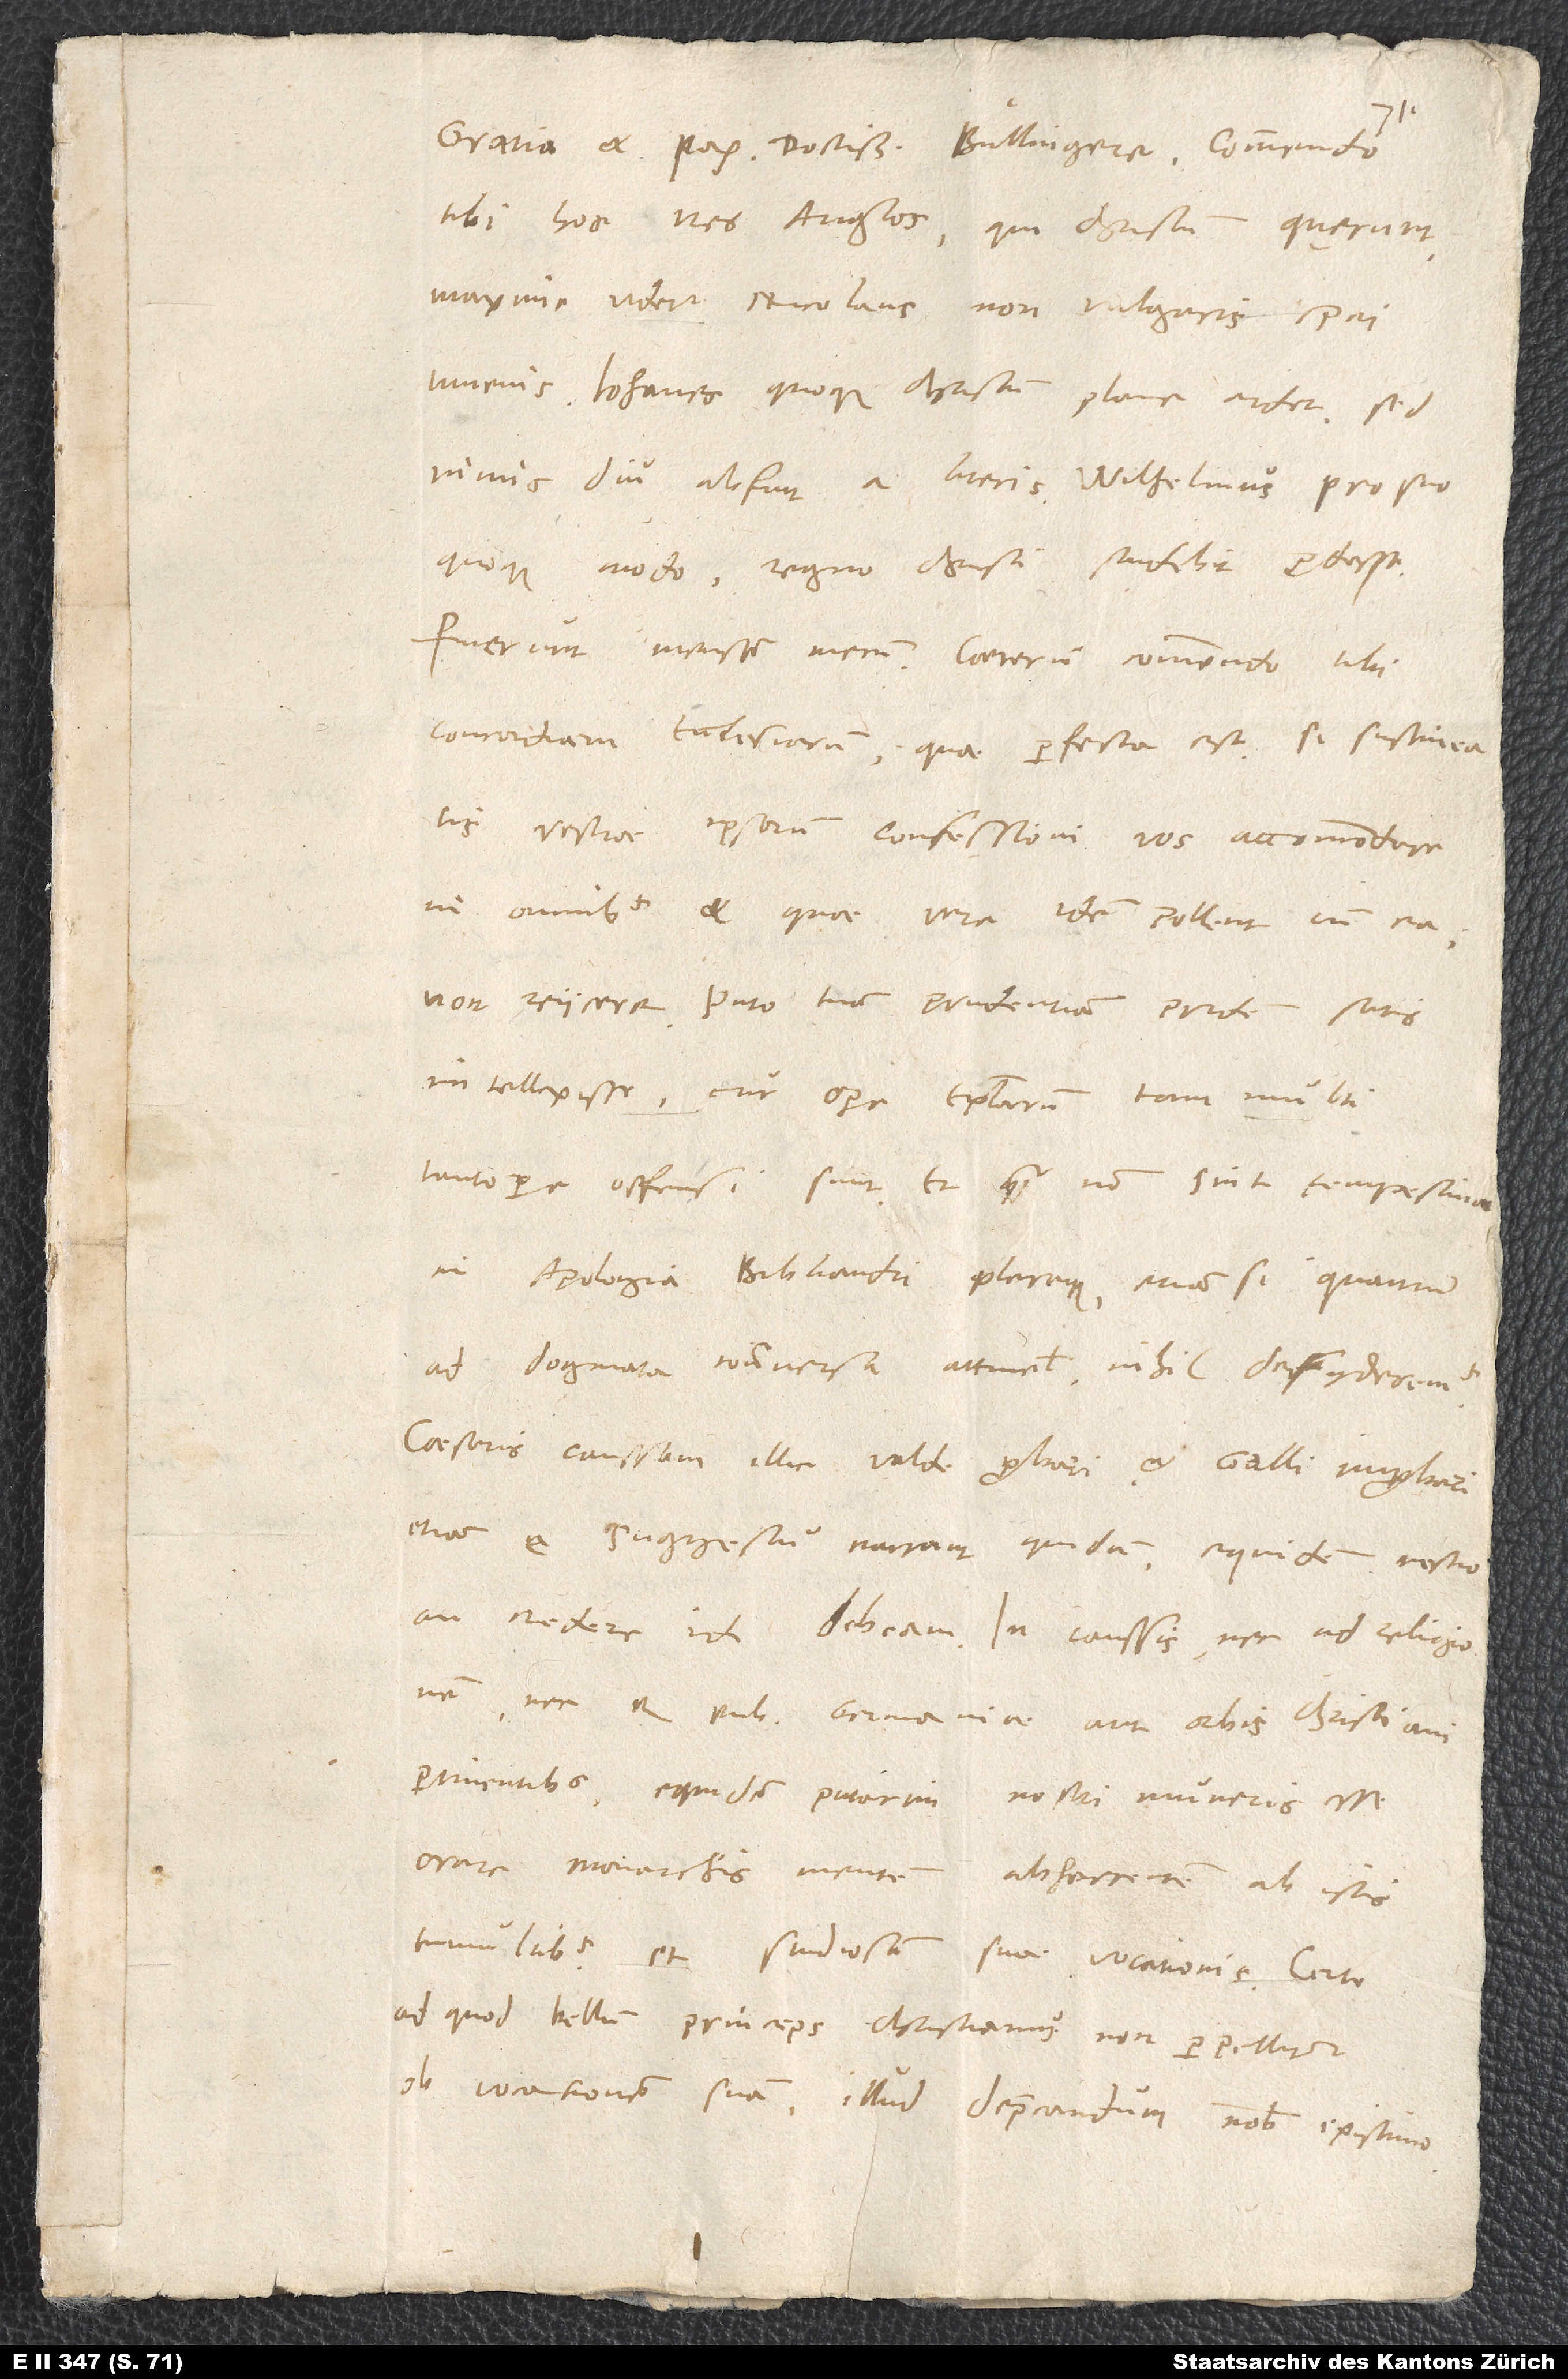
tibi hos tres Anglos, qui Christum quęrunt.
Maxime videtur Nicolaus non vulgaris spei
iuvenis. Iohanes quoque Christum plane ardet, sed
nimis diu abfuit a literis. Wilhelmus pro suo
quoque modo regno Christi studebit prodesse.
concordiam ecclesiarum, quae perfecta est, si sustineatis
vestrae ipsorum confessioni vos accommodare
in omnibus et, quae vere idem pollent cum ea,
non reiicere. Puto tuam prudentiam pridem satis
intellexisse, cur opere epistolarum tam multi
tantopere offensi sunt et quam non sint tempestiva
in apologia Bibliandri pleraque, etiam si, quantum
ad dogmata controversa attinet, nihil desyderemus.
Caesaris caussam illic valde probari et Galli improbari
etiam e suggestu narrant quidam; equidem nescio,
an credere id debeam. In caussis nec ad religionem
nec rem publicam Germaniae aut orbis christiani
pertinentibus equidem putarim nostri muneris esse
orare monarchis mentem abhorrentem ab istis
tumultibus et studiosam suae vocationis. Certe,
ad quod bellum princeps christianus non perpellitur
ob vocationem suam, illud deprecandum nobis existimo.